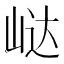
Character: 𭖟